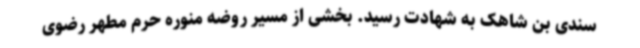
سندی بن شاهک به شهادت رسید. بخشی از مسیر روضه منوره حرم مطهر رضوی